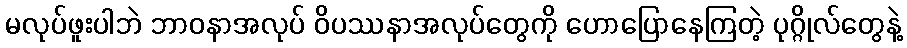
မလုပ်ဖူးပါဘဲ ဘာဝနာအလုပ် ဝိပဿနာအလုပ်တွေကို ဟောပြောနေကြတဲ့ ပုဂ္ဂိုလ်တွေနဲ့